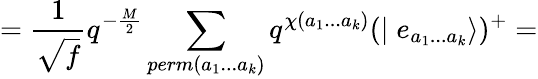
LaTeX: =\frac{1}{\sqrt{f}}q^{-\frac{M}{2}}\sum_{perm(a_{1}...a_{k})}q^{\chi(a_{1}...a_{k})}(\mid e_{a_{1}...a_{k}}\rangle)^{+}=